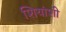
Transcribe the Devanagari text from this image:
शियांशी